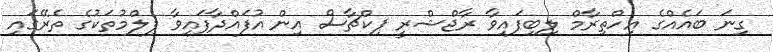
ގިނަ ބައެއްގެ އިހްތިރާމް ލިބިފައިވާ ރާޖްޝްރީ ޕިކްޗާސް އިން އުފައްދާފައިވާ ފިލްމުތަކުގެ ތެރޭގައި